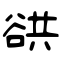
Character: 谼